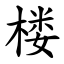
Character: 楼